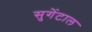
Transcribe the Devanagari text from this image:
सुगेंटाल